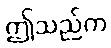
ဤသည်က